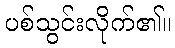
ပစ်သွင်းလိုက်၏။